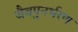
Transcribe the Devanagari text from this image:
जैवपुनर्भरण